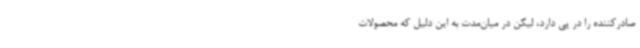
صادرکننده را در پی دارد، لیکن در میان‌مدت به این دلیل که محصولات